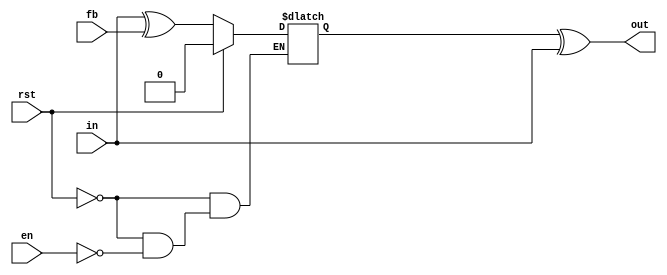
`timescale 1ns / 1ps

module el_ed
(
//---------CTRL-----------------------
	input							rst,
//---------IN-------------------------
	input							en,
	input							fb,
	input							in,
//---------OUT------------------------
	output							out
//------------------------------------
);

reg state_r = 0;

assign out = state_r ^ in;

always@(*)
begin
	if(rst)
	begin
		state_r = 0;
	end
	else
	begin
		if(en)
		begin
			state_r = in ^ fb;
		end
	end
end



endmodule